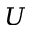
U